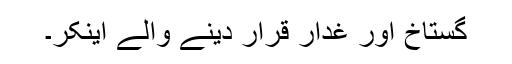
گستاخ اور غدار قرار دینے والے اینکر۔